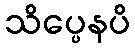
သိပ္ပေနပိ